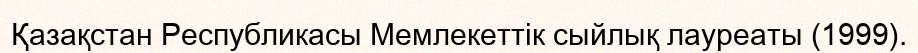
Қазақстан Республикасы Мемлекеттік сыйлық лауреаты (1999).